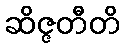
ဆိဇ္ဇတီတိ